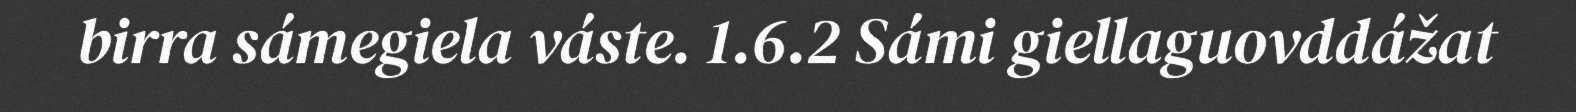
birra sámegiela váste. 1.6.2 Sámi giellaguovddážat